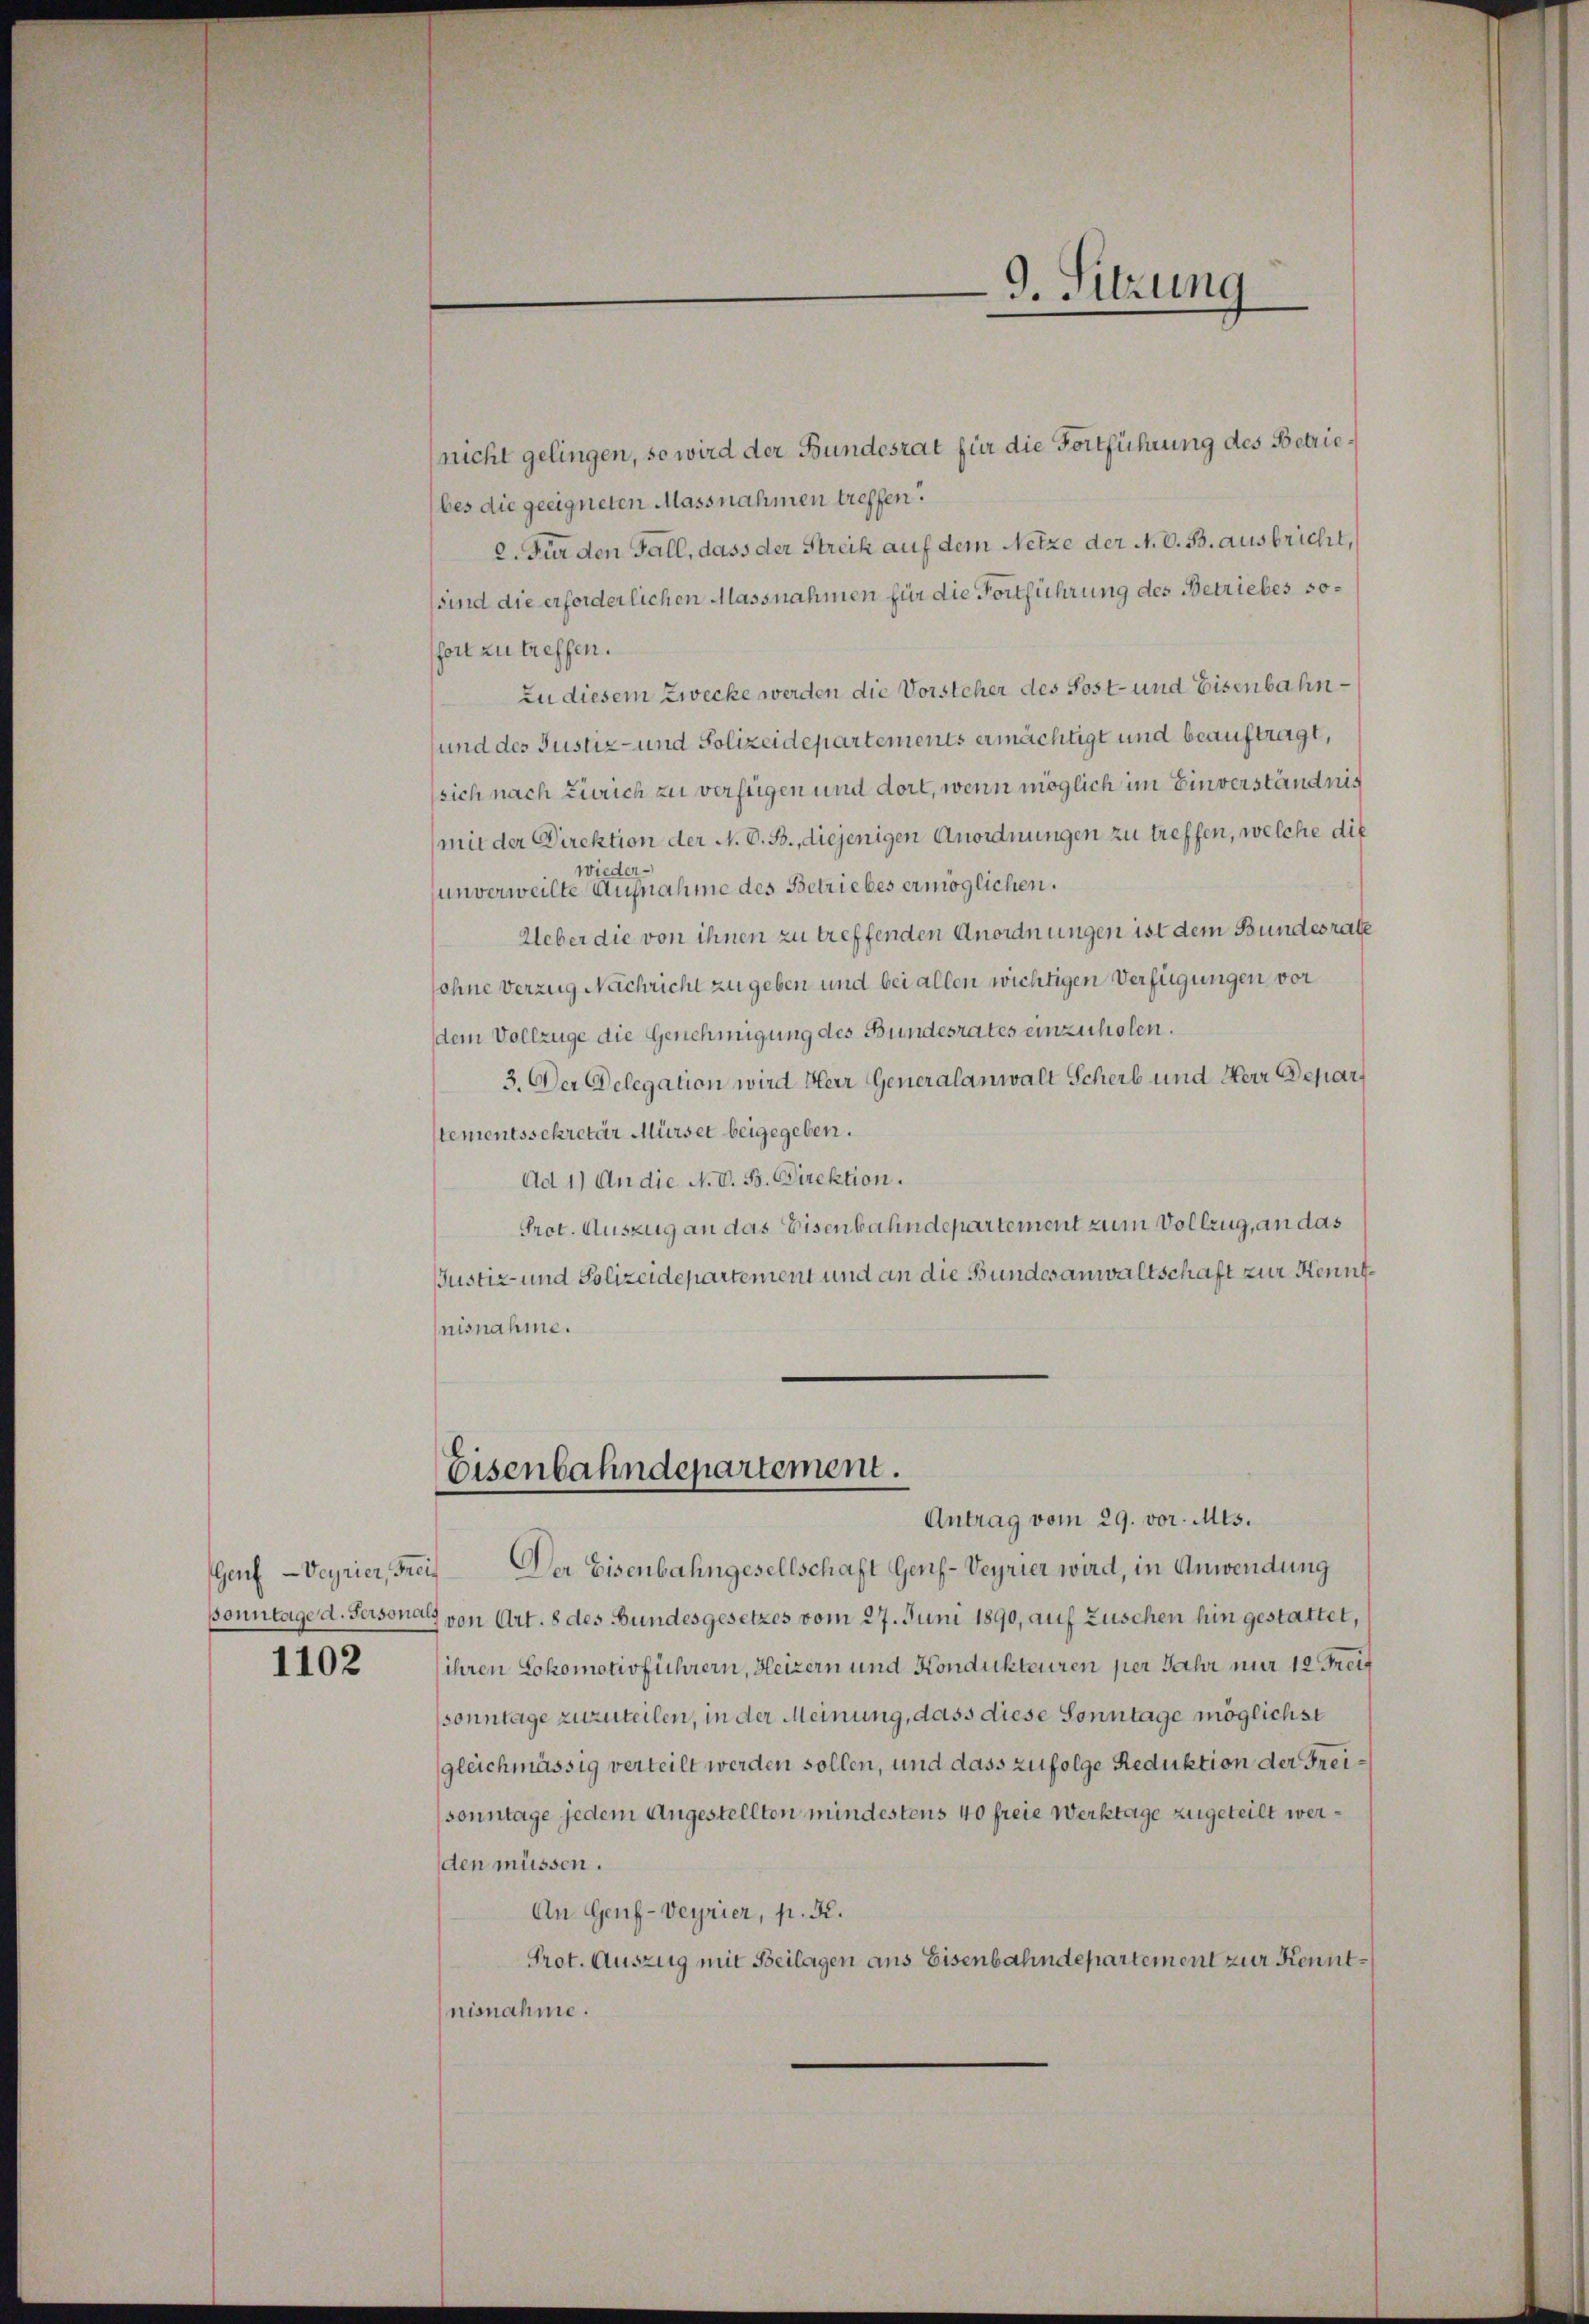
Genf -Veyrier, Frei

1102

(nicht gelingen, so wird der Bundesrat für die Fortführung des Betriebes die geeigneten Massnahmen treffen.
2. Für den Fall, dass der Streik auf dem Netze der N. V. B. ausbricht,
sind die erforderlichen Massnahmen für die Fortführung des Betriebes sofort zu treffen.
zu diesem Zwecke werden die Vorsteher des Post und Eisenbahnsund des Justiz- und Polizeidepartements ermächtigt und beauftragt,
sich nach Zürich zu verfügen und dort, wenn möglich im Einverständnis
(mit der Direktion der N. O. B., diejenigen Anordnungen zu treffen, welche die
eder
w
unverweilte Ausnahme des Betriebes ermöglichen.
Ueber die von ihnen zu treffenden Anordnungen ist dem Bundesrate
sohne Verzug Nachricht zu geben und bei allen wichtigen Verfügungen vor
dem Vollzüge die Genehmigung des Bundesrates einzuholen.
3. Der Delegation wird Herr Generalanwalt Scherb und Herr Depar
stementssekretär Mürser beigegeben.
Ad 1) An die N. V. B. Direktion.
Prot. Auszug an das Eisenbahndepartement zum Vollzug, an das
Justiz- und Polizeidepartement und an die Bundesanwaltschaft zur Kenntnisnahme.

9. Sitzung

Eisenbahndepartement.
Antrag vom 29. vor. Mts.

Der Eisenbahngesellschaft Genf-Veyrier wird, in Anwendung
Bonntage d. Persona von Art. 8 des Bundesgesetzes vom 27. Juni 1890, auf Zuschen hin gestattet,
ihren Lokomotivführern, Heizern und Kondukteuren per Jahr nur 10 Freit
sonntage zuzuteilen, in der Meinung, dass diese Sonntage möglichst
gleichmässig verteilt werden sollen, und dass zufolge Reduktion der Freisonntage jedem Angestellten mindestens 40 freie Werktage zugeteilt werden müssen.
An Genf-Veyrier, p. R.
Prot. Auszug mit Beilagen aus Eisenbahndepartement zur Kenntnisnahme.